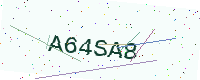
Text: A64SA8